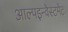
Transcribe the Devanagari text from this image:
आल्पइन्वेस्टमेंट